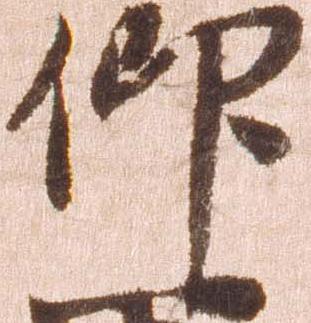
仰